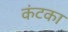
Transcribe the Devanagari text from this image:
कंटका